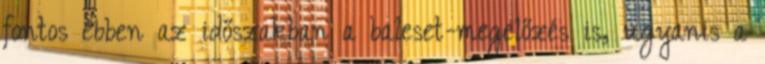
fontos ebben az időszakban a baleset-megelőzés is, ugyanis a